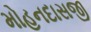
મોહનદાસજી